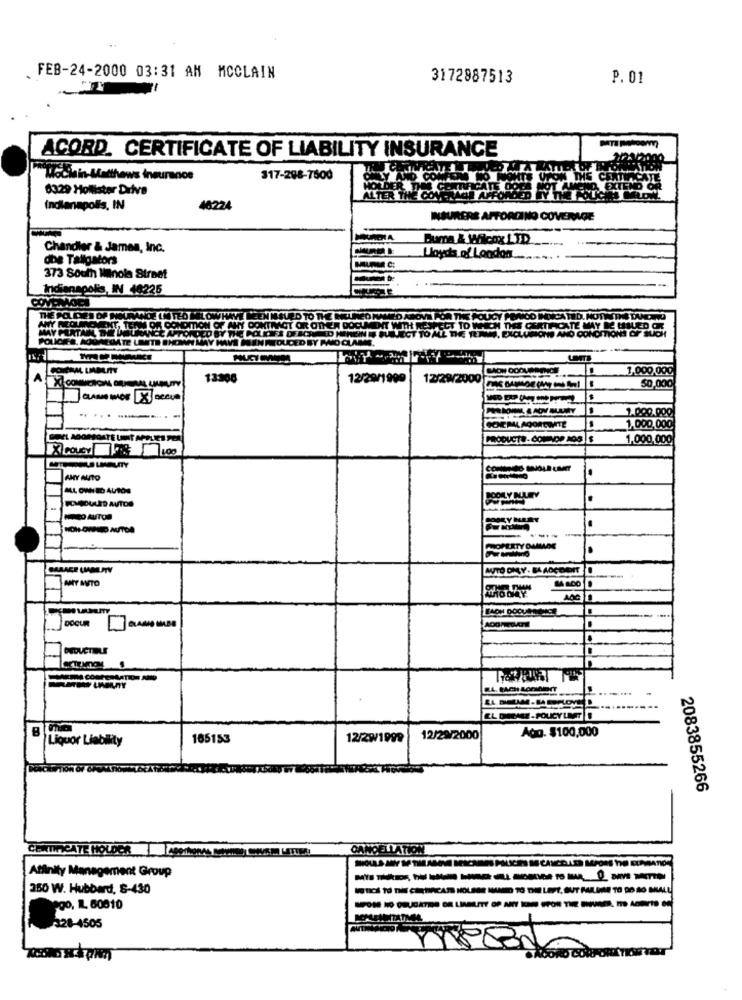
. FEB-24-2000 03:31 AM MCCLAIN
3172887513
P. 01
ACORD. CERTIFICATE OF LIABILITY INSURANCE
Iodiein-Matthews insurance
317-288-7600
Y AND COMPLICO
6329 Hollister Drive
WONDER DAS CO.
PAGATE DOCE
ALTER THE CONTACT
Indianapolis, IN
46224
INEURERE AFTORDINO COVERAGE
Buma &Wilcox LTD
Chandler & James, Inc.
dbe Tallgators
Lloyds of London
373 South Mainola Strnet
Indianapolis, IN 40226
ANY REOTH
THE POLICIES OF NO
ICH THE CERTIFICATE MAY BE MAILED CH
. EXCLUSION AND CONDITIONS
POLICIER, AOUNEDATE LIMITE B
1,000,000
A
13300
12/29/1999
12/29/2000
XCOMMEROMA OU
$0,000
1.000.000
.....-...
COEMLAGOREWITE
1,000,000
PRODUCTS- COMEVOP 108 |$
1,000,000
ANY AUTO
MAL OWN ID AUTOS
NON-OWNED AUTOR
.
OFERTY DAMLADE
GARAGE CAMPTV
ANY MUITO
AOG
DOCUR
-
ARIA COMPENSATION ANO
Ago. $100,000
Liquor Liability
165153
12/29/1999
12/29/2000
2083855266
CANCELLATION
Affinity Management Group
350 W. Hubbard, 8-430
ago, IL 60010
---
328-4505